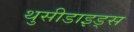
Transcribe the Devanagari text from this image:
थुसीडाइड्स